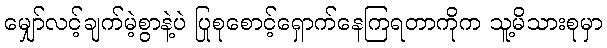
မျှော်လင့်ချက်မဲ့စွာနဲ့ပဲ ပြုစုစောင့်ရှောက်နေကြရတာကိုက သူ့မိသားစုမှာ